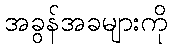
အခွန်အခများကို